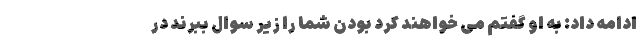
ادامه داد: به او گفتم می خواهند کرد بودن شما را زیر سوال ببرند در